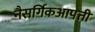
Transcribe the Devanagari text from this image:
नैसर्गिकआपत्ती